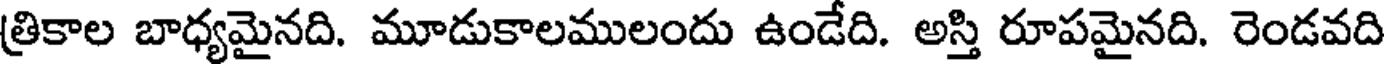
త్రికాల బాధ్యమైనది. మూడుకాలములందు ఉండేది. అస్తి రూపమైనది. రెండవది